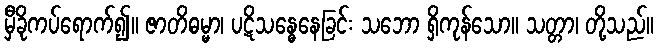
မှီခိုကပ်ရောက်၍။ ဇာတိဓမ္မာ၊ ပဋိသန္ဓေနေခြင်း သဘော ရှိကုန်သော။ သတ္တာ၊ တို့သည်။